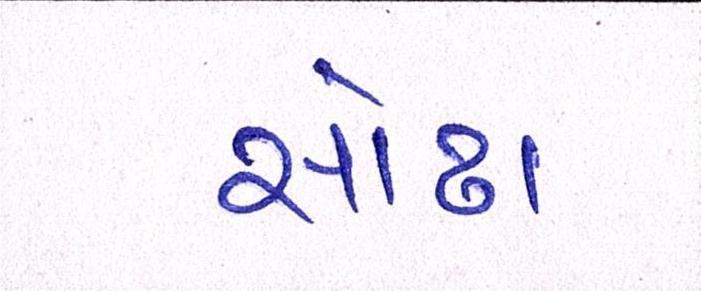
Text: સોઢા